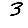
Digit: 3